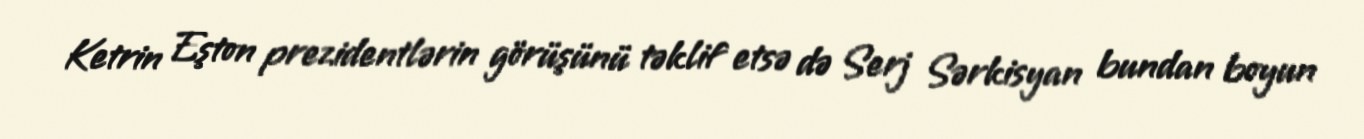
Ketrin Eşton prezidentlərin görüşünü təklif etsə də Serj Sərkisyan bundan boyun